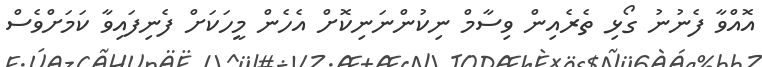
އޮއްވާ ފެނުނު ގޯޅި ތެރެއިން ވިސާމް ނިކުންނަނިކޮށް އެހެން މީހަކަށް ފެނިފައިވާ ކަމަށްވެސް